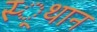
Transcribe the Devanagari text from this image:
स्‍्थान